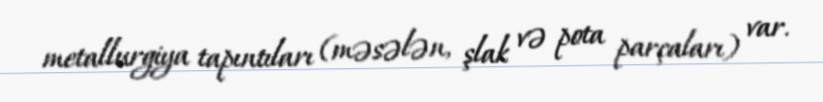
metallurgiya tapıntıları (məsələn, şlak və pota parçaları) var.